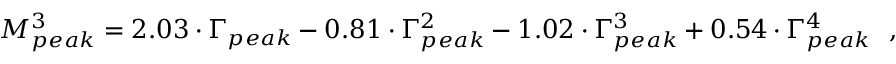
M _ { p e a k } ^ { 3 } = 2 . 0 3 \cdot \Gamma _ { p e a k } - 0 . 8 1 \cdot \Gamma _ { p e a k } ^ { 2 } - 1 . 0 2 \cdot \Gamma _ { p e a k } ^ { 3 } + 0 . 5 4 \cdot \Gamma _ { p e a k } ^ { 4 } ~ ~ ,